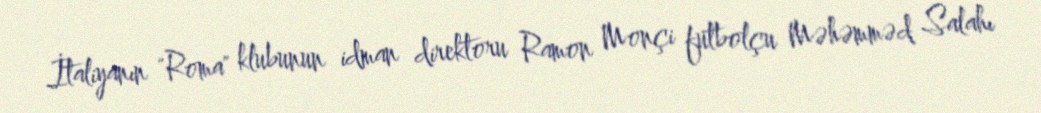
İtaliyanın "Roma" klubunun idman direktoru Ramon Monçi futbolçu Məhəmməd Salahı